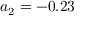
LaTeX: a _ { 2 } = - 0 . 2 3